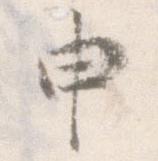
申